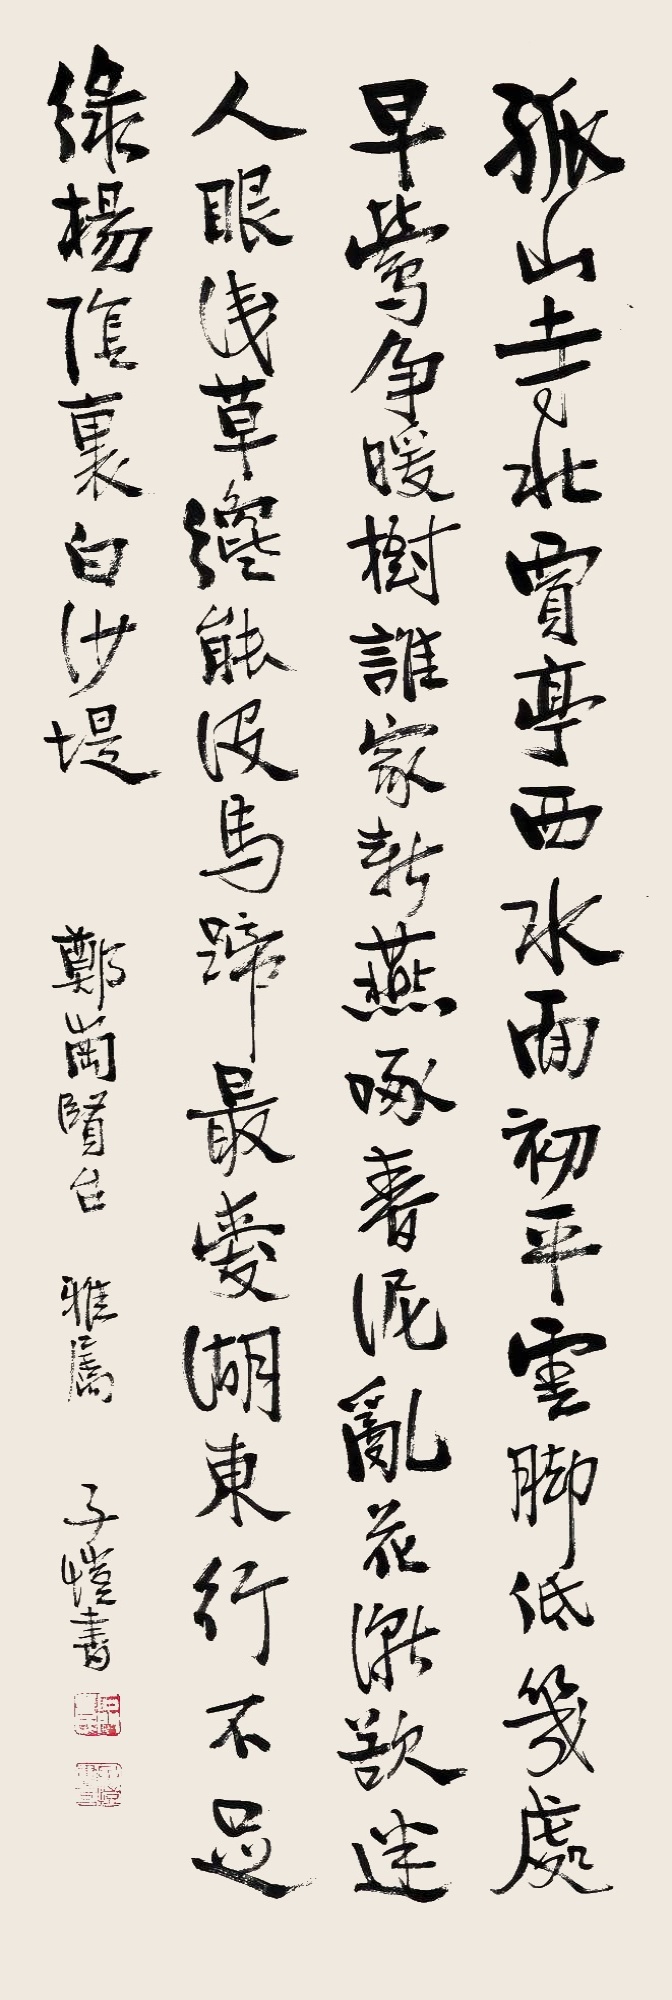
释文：孤山寺北贾亭西，水面初平云脚低。几处早莺争暖树，谁家新燕啄春泥。乱花渐欲迷人眼，浅草才能没马蹄。最爱湖东行不足，绿杨阴里白沙堤。郑岗贤台雅属，子恺书。